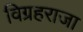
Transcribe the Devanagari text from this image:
विग्रहराजा